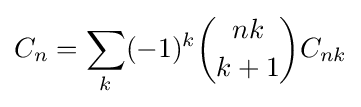
C_{n}=\sum _{k}(-1)^{k}{nk \choose k+1}C_{nk}